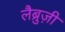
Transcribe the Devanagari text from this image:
लैब्रुज़ी